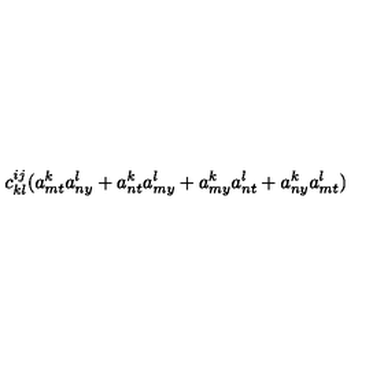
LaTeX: c _ { k l } ^ { i j } ( a _ { m t } ^ { k } a _ { n y } ^ { l } + a _ { n t } ^ { k } a _ { m y } ^ { l } + a _ { m y } ^ { k } a _ { n t } ^ { l } + a _ { n y } ^ { k } a _ { m t } ^ { l } )